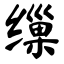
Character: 缫